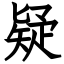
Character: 疑